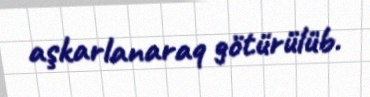
aşkarlanaraq götürülüb.